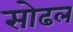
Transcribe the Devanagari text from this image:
सोढल